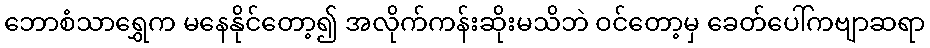
ဘောစံသာရွှေက မနေနိုင်တော့၍ အလိုက်ကန်းဆိုးမသိဘဲ ဝင်တော့မှ ခေတ်ပေါ်ကဗျာဆရာ